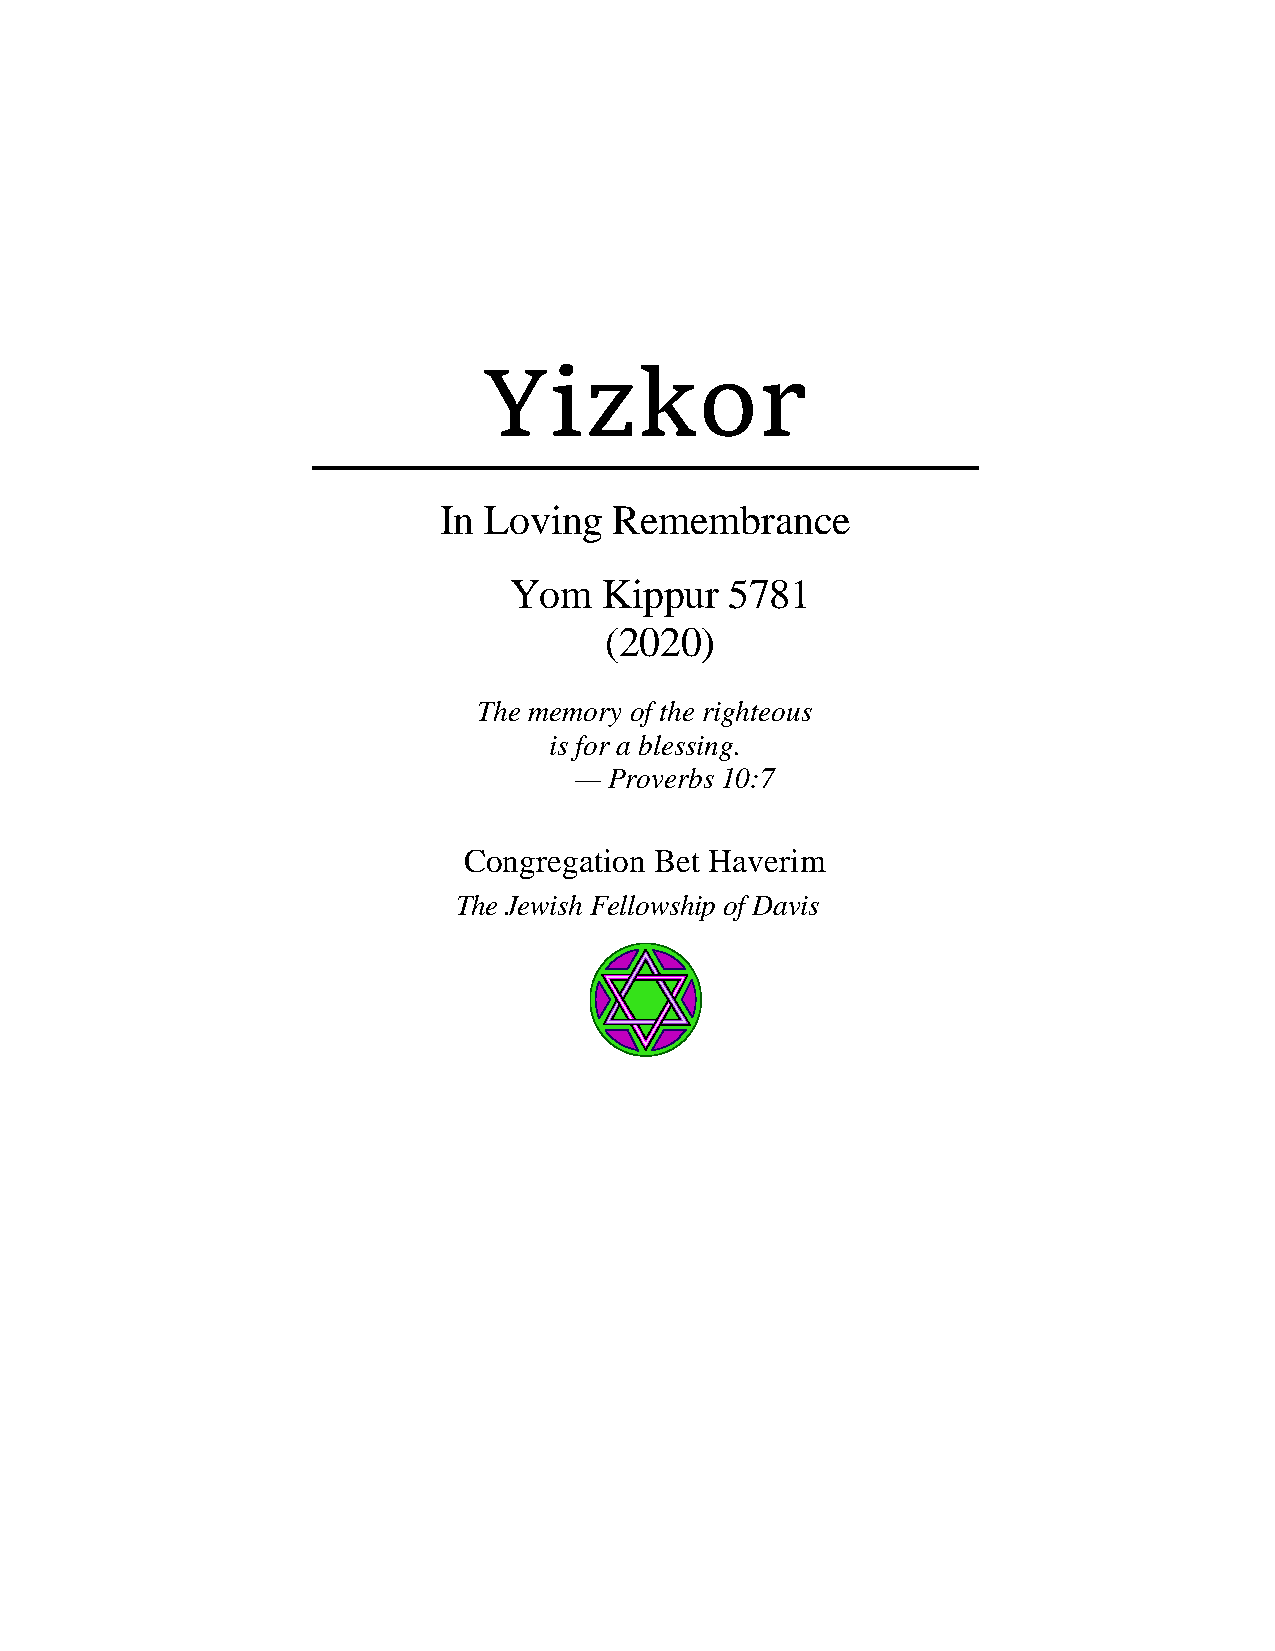
Yizkor
 In Loving   Remembrance
 Yom   Kippur  5781
 (2020)
 The memory of the righteous
 is for a blessing.
 — Proverbs 10:7
 Congregation Bet Haverim
 The Jewish Fellowship of Davis